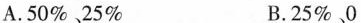
A.50%、25% B.25%、0